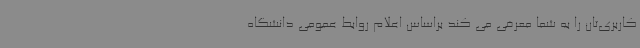
کاربری‌تان را به شما معرفی می کند براساس اعلام روابط عمومی دانشگاه